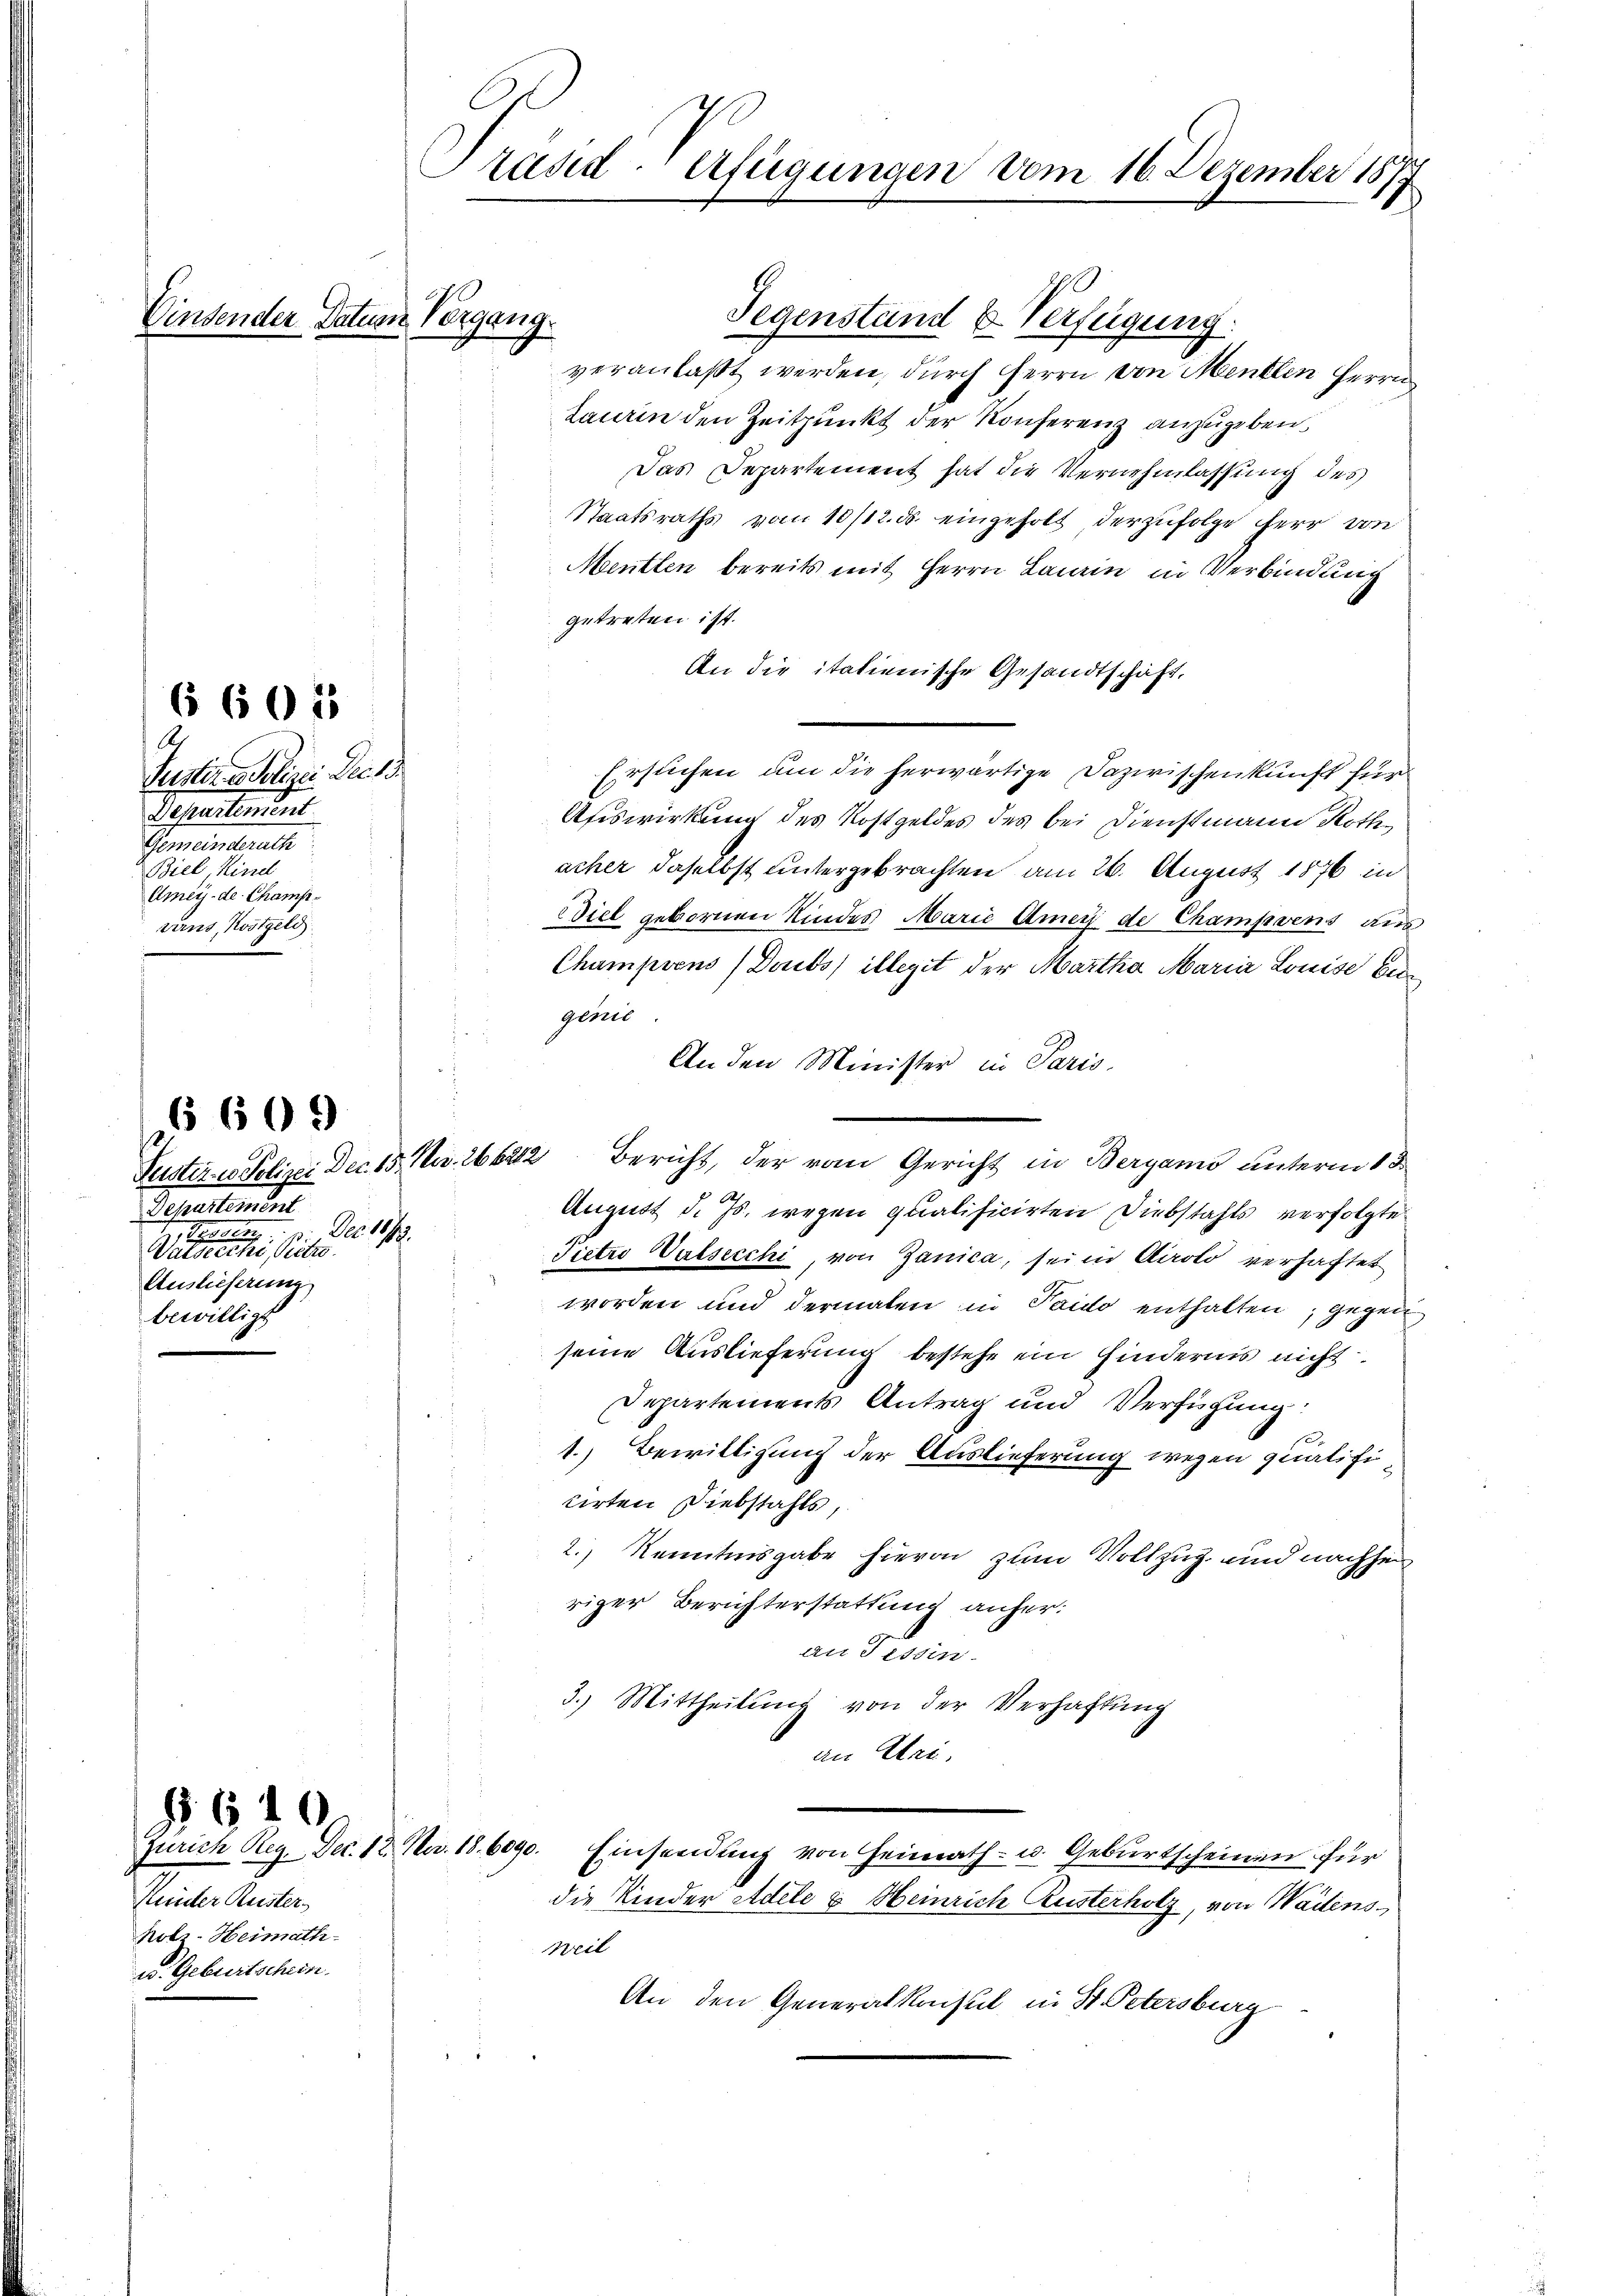
Vindender Datum Vergang.

Puster Polizei Dec. 13.
Pepertenant
Sommeindrath
Biel, Kind
Amey-de Champraus, Kostgeld

6 605

Departement
. Peten
Mater einer Pete
Auslieferung
bewilligt

§609

Kunter Ruster
Rotz-Heimath-
w. Geburtschein

§610

Gegenstand u. Verfügung:
veranlaßt werden, durch Herrn von Menten Herrn
Laurin den Zeitpunkt der Konferenz anzugeben.
Das Departement hat die Vernehmlassung des
Staatsraths vom 10/12. ds. eingeholt derzufolge herr von
Mentlen bereits mit Herrn Lanin in Verbindung
getreten ist.
An die italienische Gesandtschaft,
Ersuchen um die herwärtige Dazwischenkunft für
Auswirkung des Kostgeldes des bei Dienstmann Rothacher daselbst untergebrachten am 26. August 1876 in
iel gebornen Kindes Marić Amer de Champsens aus
Champsens Deuts) illegit der Martha Maria Louise bei
geset
An den Minister in Paris,
Peister - Polizei Dec. 15. No. 266212 Bericht, der vom Gericht in Bergamo unterm 13
August d. Js. wegen qualificirten Diebstahls verfolgte
Nr. 119.
Pietro Valsecchi von Ganica, sei in Airolo verhaftet
worden und dermalen in Paido enthalten, gegen
seine Auslieferung bestehe ein Hindernis nicht
Departements Antrag und Verfügung:
1.) Bewilligung der Auslieferung wegen qualifi
cirten Diebstahls,
2.) Kenntnisgabe hievon zum Vollzug und nachhei
riger Berichterstattung anher:
an Tessin.
3.) Mittheilŭng von der Verhaftung
an Uri.
Zürich Reg. Dec. 12. No. 18. 6090. Einsendung von Heimath- u. Geburtscheinen für
die Kinder Adele & Heinrich Austerholz, von Wädens
Weil
An den Generalkonsul in St. Petersburg

Präsiderfügungen vom 16. Dezember 1877